Document type: Sale
Year: 1499
Scribe: Joan Martínez de Sòria
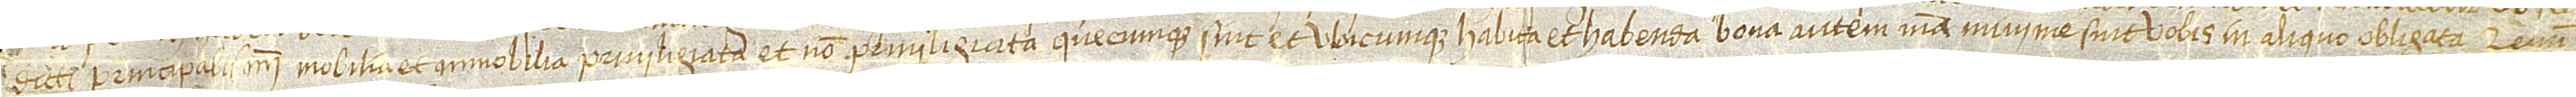
dicti principalis mei, mobilia et immobilia, privilegiata et non privilegiata, quecumque sint et ubicumque, habita et habenda, bona autem mea minime sint vobis in aliquo obligata. Renun-